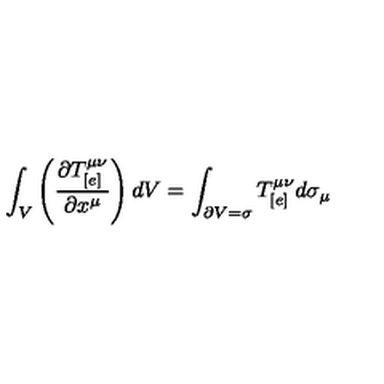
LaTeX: \int _ { V } \left( \frac { \partial T _ { [ e ] } ^ { \mu \nu } } { \partial x ^ { \mu } } \right) d V = \int _ { \partial V = \sigma } T _ { [ e ] } ^ { \mu \nu } d \sigma _ { \mu }